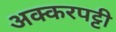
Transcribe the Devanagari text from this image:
अक्करपट्टी